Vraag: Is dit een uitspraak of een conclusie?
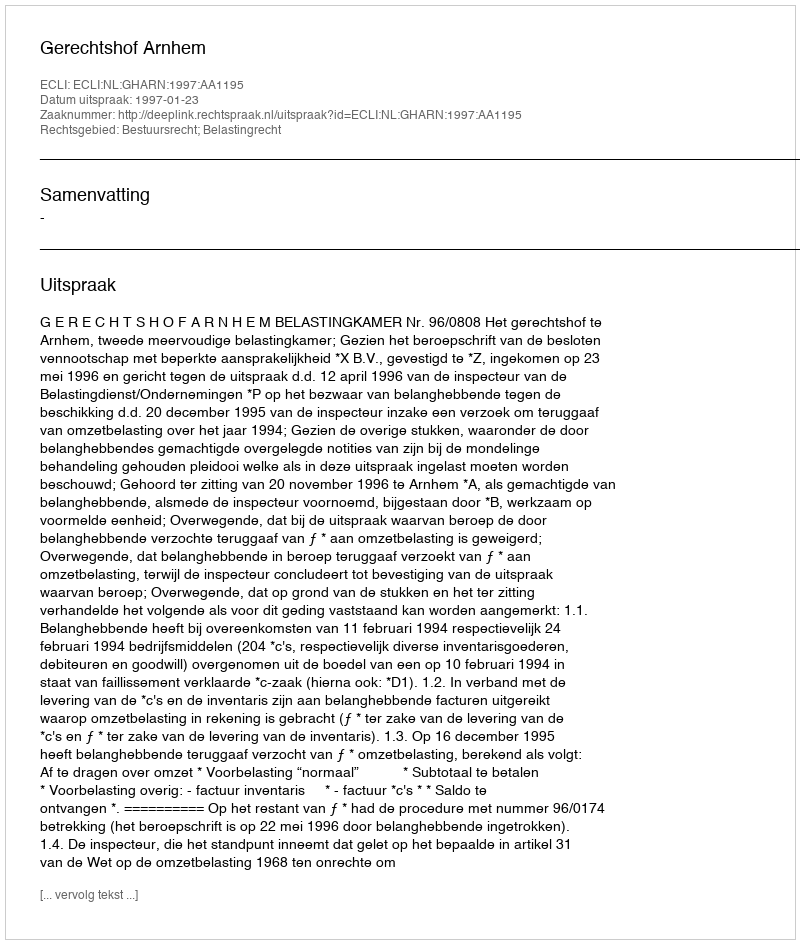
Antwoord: Uitspraak